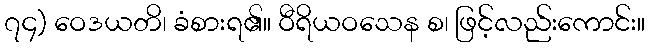
၇၄) ဝေဒယတိ၊ ခံစားရ၏။ ဝီရိယဝသေန စ၊ ဖြင့်လည်းကောင်း။